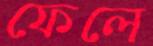
ফেলে